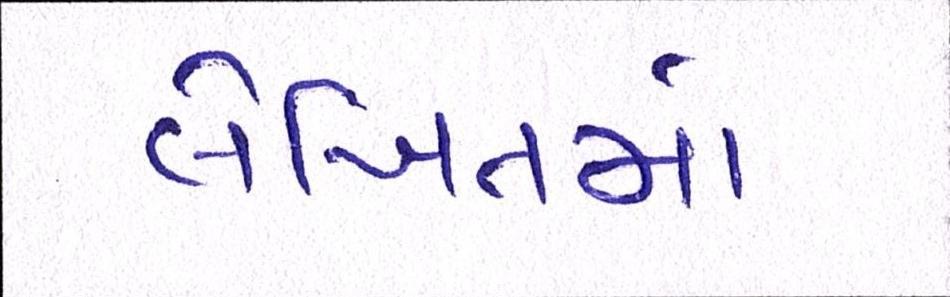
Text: લેખિતમાં